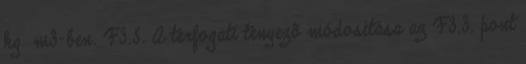
kg m3-ben. F3.5. A térfogati tényezõ módosítása az F3.3. pont